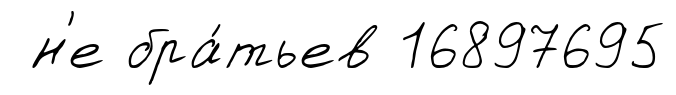
н'е бра́тьев 16897695